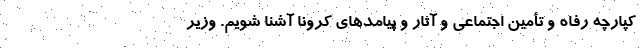
کپارچه رفاه و تأمین اجتماعی و آثار و پیامدهای کرونا آشنا شویم. وزیر